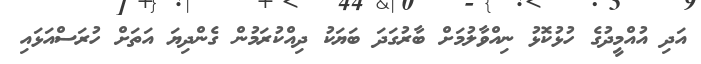
އަދި އުއްމީދުގެ ހުޅުކޮޅު ނިއްވާލުމަށް ބާރުގަދަ ބަޔަކު ދިއްކުރަމުން ގެންދިޔަ އަތަށް ހުރަސްއަޅައި